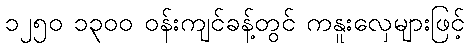
၁၂၅၀ ၁၃၀၀ ဝန်းကျင်ခန့်တွင် ကနူးလှေများဖြင့်